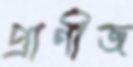
প্রাণীজ